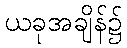
ယခုအချိန်၌